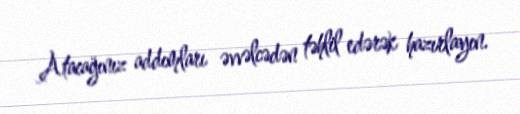
Atacağınız addımları əvvəlcədən təhlil edərək hazırlayın.